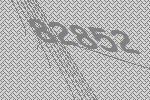
82852